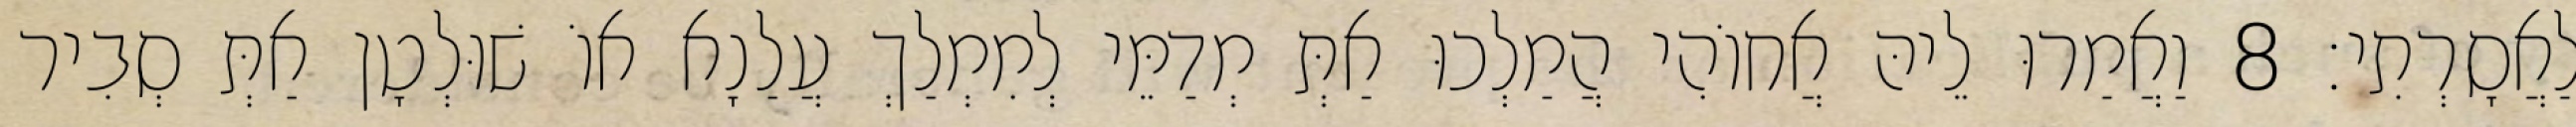
לַאֲסָרְתִי׃ 8 וַאֲמַרוּ לֵיהּ אֲחוֹהִי הֲמַלְכוּ אַתְּ מְדַמֵּי לְמִמְלַךְ עֲלַנָא אוֹ שׁוּלְטָן אַתְּ סְבִיר